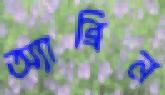
অ্যাব্রিন